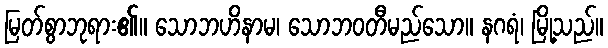
မြတ်စွာဘုရား၏။ သောဘဟိနာမ၊ သောဘဝတီမည်သော။ နဂရံ၊ မြို့သည်။